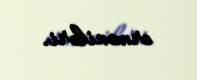
erməniləri.